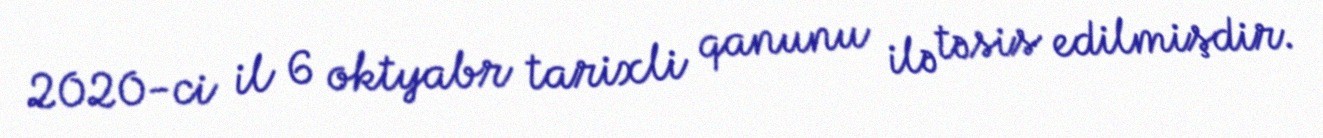
2020-ci il 6 oktyabr tarixli qanunu ilə təsis edilmişdir.